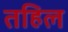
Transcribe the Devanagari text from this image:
तहिल